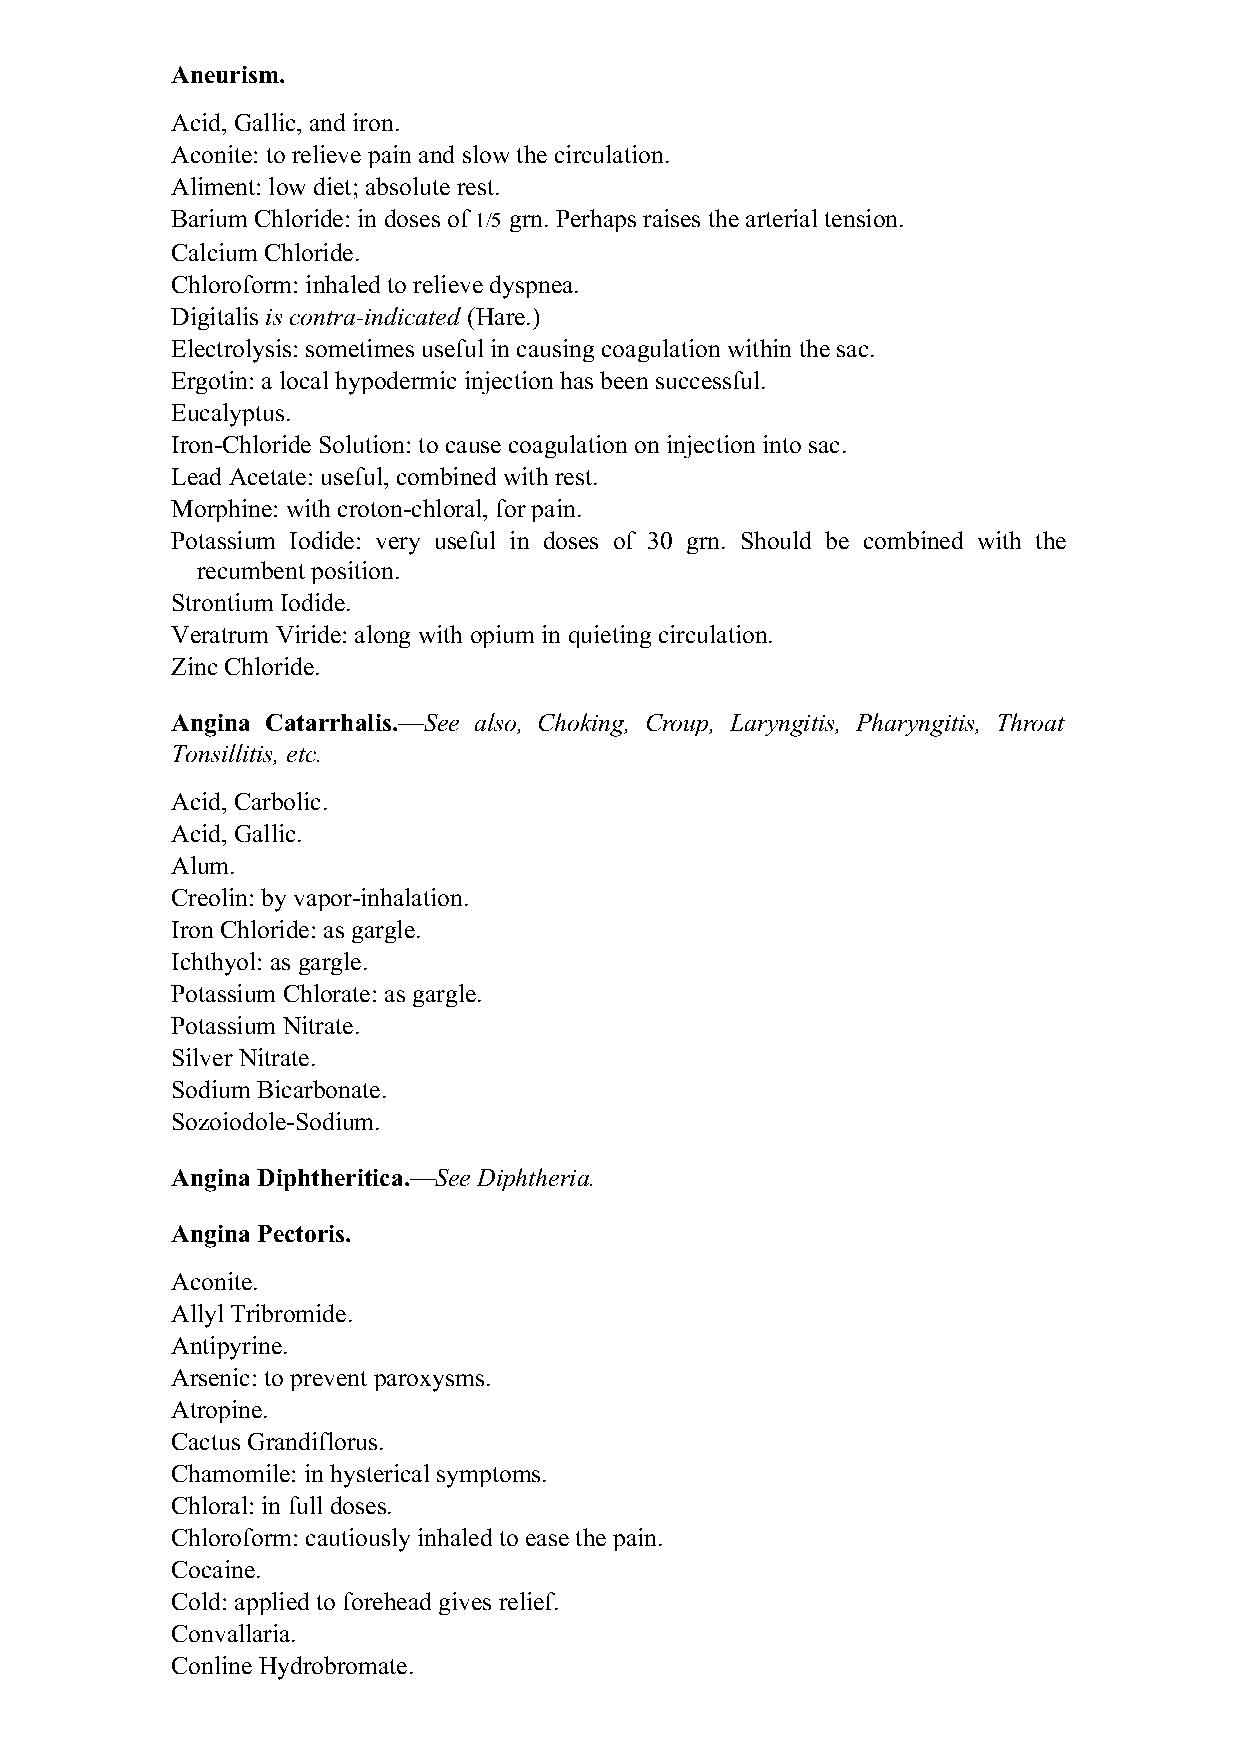
Aneurism.
 Acid, Gallic, and iron.
 Aconite: to relieve pain and slow the circulation.
 Aliment: low diet; absolute rest.
 Barium Chloride: in doses of 1/5 grn. Perhaps raises the arterial tension.
 Calcium Chloride.
 Chloroform: inhaled to relieve dyspnea.
 Digitalis is contra-indicated (Hare.)
 Electrolysis: sometimes useful in causing coagulation within the sac.
 Ergotin: a local hypodermic injection has been successful.
 Eucalyptus.
 Iron-Chloride Solution: to cause coagulation on injection into sac.
 Lead Acetate: useful, combined with rest.
 Morphine: with croton-chloral, for pain.
 Potassium Iodide: very useful in doses of 30 grn. Should be combined with the
 recumbent position.
 Strontium Iodide.
 Veratrum Viride: along with opium in quieting circulation.
 Zinc Chloride.
 Angina Catarrhalis.—See also, Choking, Croup, Laryngitis, Pharyngitis, Throat
 Tonsillitis, etc.
 Acid, Carbolic.
 Acid, Gallic.
 Alum.
 Creolin: by vapor-inhalation.
 Iron Chloride: as gargle.
 Ichthyol: as gargle.
 Potassium Chlorate: as gargle.
 Potassium Nitrate.
 Silver Nitrate.
 Sodium Bicarbonate.
 Sozoiodole-Sodium.
 Angina Diphtheritica.—See Diphtheria.
 Angina Pectoris.
 Aconite.
 Allyl Tribromide.
 Antipyrine.
 Arsenic: to prevent paroxysms.
 Atropine.
 Cactus Grandiflorus.
 Chamomile: in hysterical symptoms.
 Chloral: in full doses.
 Chloroform: cautiously inhaled to ease the pain.
 Cocaine.
 Cold: applied to forehead gives relief.
 Convallaria.
 Conline Hydrobromate.